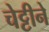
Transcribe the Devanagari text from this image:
चेट्टीने